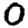
Digit: 0